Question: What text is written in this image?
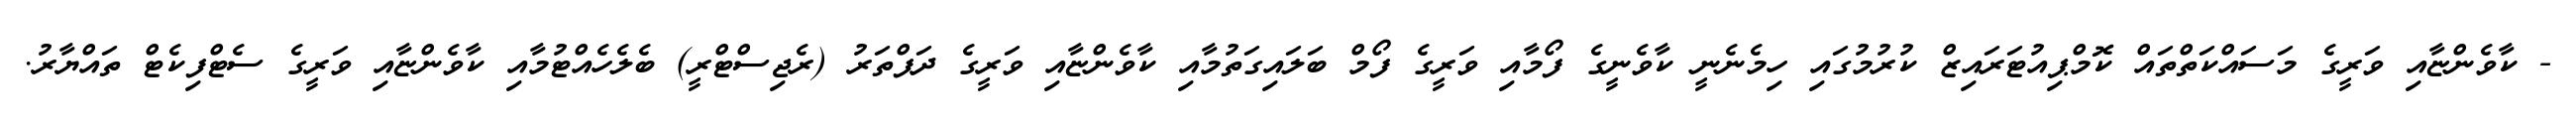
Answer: - ކާވެންޏާއި ވަރީގެ މަސައްކަތްތައް ކޮމްޕިއުޓަރައިޒް ކުރުމުގައި ހިމެނެނީ ކާވެނީގެ ފޯމާއި ވަރީގެ ފޯމް ބަލައިގަތުމާއި ކާވެންޏާއި ވަރީގެ ދަފްތަރު (ރެޖިސްޓްރީ) ބެލެހެއްޓުމާއި ކާވެންޏާއި ވަރީގެ ސެޓްފިކެޓް ތައްޔާރު.